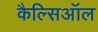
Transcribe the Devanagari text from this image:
कैल्सिऑल